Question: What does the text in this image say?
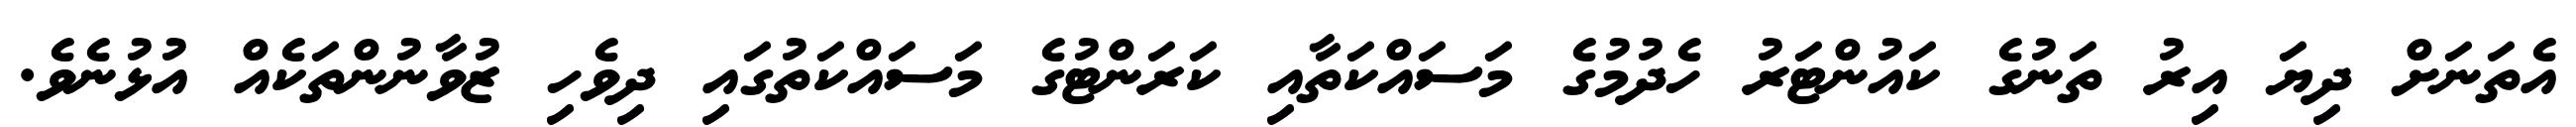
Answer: އެތަނަށް ދިޔަ އިރު ތަނުގެ ކައުންޓަރު ހެދުމުގެ މަސައްކަތާއި ކަރަންޓުގެ މަސައްކަތުގައި ދިވެހި ޒުވާނުންތަކެއް އުޅުނެވެ.